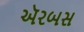
ઍરબસ